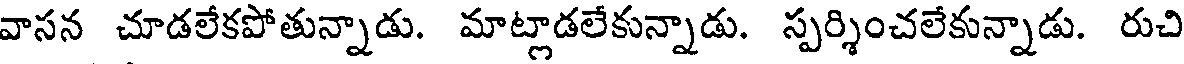
వాసన చూడలేకపోతున్నాడు. మాట్లాడలేకున్నాడు. స్పర్శించలేకున్నాడు. రుచి